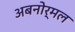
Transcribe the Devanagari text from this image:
अबनोर्मल